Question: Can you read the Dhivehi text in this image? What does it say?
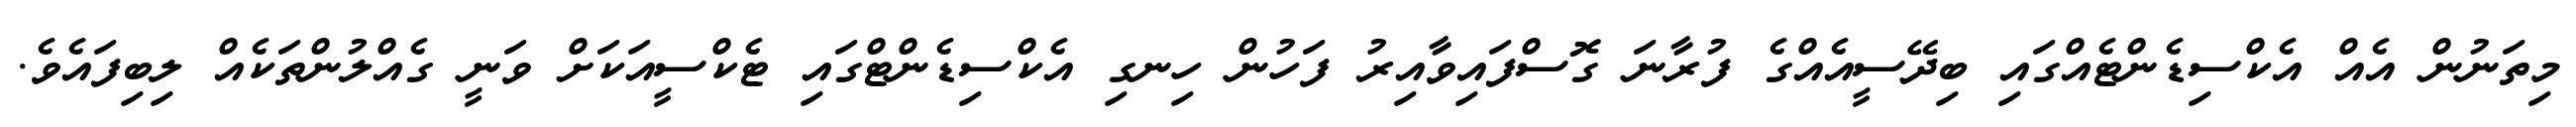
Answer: މިތަނުން އެއް އެކްސިޑެންޓެއްގައި ބިދޭސީއެއްގެ ފުރާނަ ގޮސްފައިވާއިރު ފަހުން ހިނގި އެކްސިޑެންޓްގައި ޓެކްސީއަކަށް ވަނީ ގެއްލުންތަކެއް ލިބިފައެވެ.